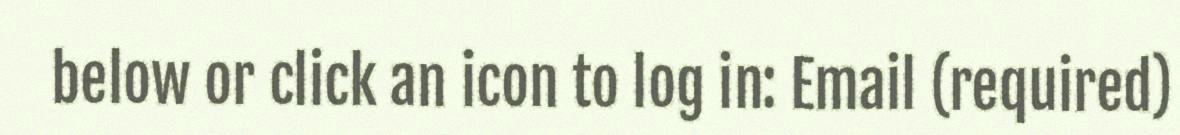
below or click an icon to log in: Email (required)